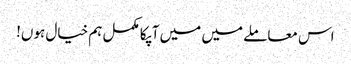
اس معاملے میں میں آپکا مکمل ہم خیال ہوں!